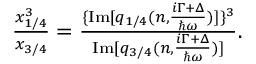
\begin{array} { r } { \frac { x _ { 1 / 4 } ^ { 3 } } { x _ { 3 / 4 } } = \frac { \{ \mathrm { I m } [ q _ { 1 / 4 } ( n , \frac { i \Gamma + \Delta } { \hbar \omega } ) ] \} ^ { 3 } } { \mathrm { I m } [ q _ { 3 / 4 } ( n , \frac { i \Gamma + \Delta } { \hbar \omega } ) ] } . } \end{array}